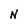
Character: N